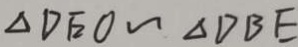
\Delta D E O \sim \Delta D B E